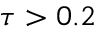
\tau > 0 . 2